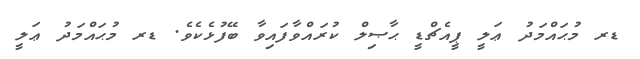
ޑރ މުޙައްމަދު ޢަލީ ޕީއެޗްޑީ ޙާޞިލް ކުރައްވާފައިވާ ބޭފުޅެކެވެ. ޑރ މުޙައްމަދު ޢަލީ